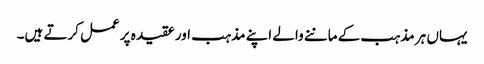
یہاں ہر مذہب کے ماننے والے اپنے مذہب اور عقیدہ پر عمل کرتے ہیں۔